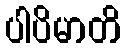
ပါပိမာတိ